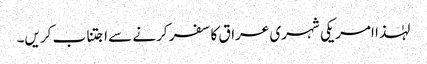
لہٰذا امریکی شہری عراق کا سفر کرنے سے اجتناب کریں۔